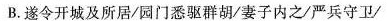
B. 遂令开城及所居/园门悉驱群胡/妻子内之/严兵守卫/